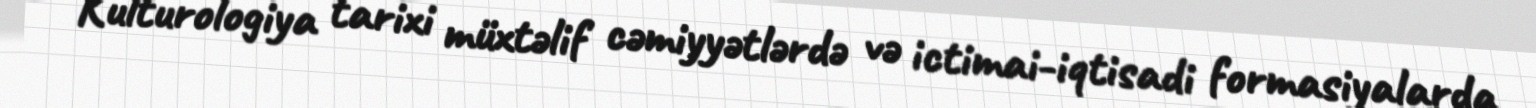
Kulturologiya tarixi müxtəlif cəmiyyətlərdə və ictimai-iqtisadi formasiyalarda